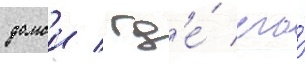
домои / гд'е́ его́